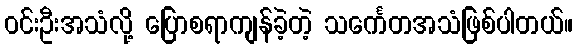
ဝင်းဦးအသံလို့ ပြောစရာကျန်ခဲ့တဲ့ သင်္ကေတအသံဖြစ်ပါတယ်။